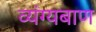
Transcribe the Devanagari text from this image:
व्यंग्यबाण